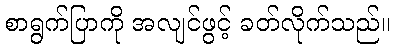
စာရွက်ပြာကို အလျင်ဖွင့် ခတ်လိုက်သည်။